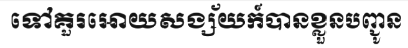
ទៅគួរអោយសង្ស័យក៍បានខ្លួនបញ្ជូន